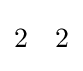
{\begin{matrix}2&2\end{matrix}}